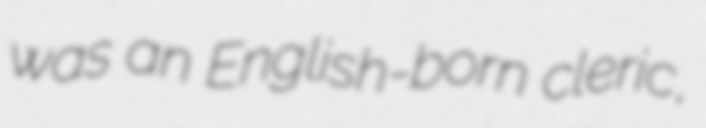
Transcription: was an English-born cleric,